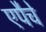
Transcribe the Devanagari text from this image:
एपैचे